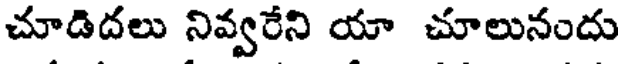
చూడిదలు నివ్వరేని యా చూలునందు